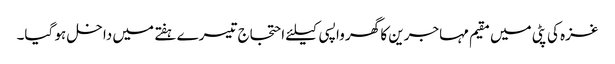
غزہ کی پٹی میں مقیم مہاجرین کا گھر واپسی کیلئے احتجاج تیسرے ہفتے میں داخل ہو گیا۔